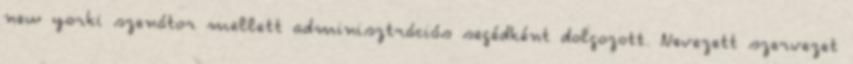
new yorki szenátor mellett adminisztrációs segédként dolgozott. Nevezett szervezet